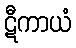
ဋီကာယံ